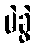
မဲခွဲ